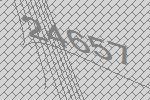
24657